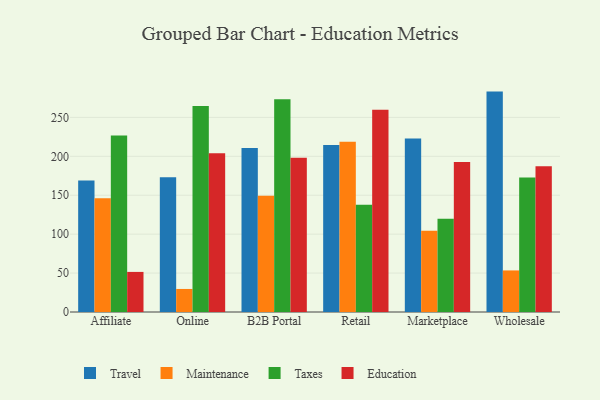
{"axis": {"x": "Channel", "y": "Inventory Turnover"}, "legend": ["Education", "Maintenance", "Taxes", "Travel"], "data": [{"x": "Affiliate", "y": 168.8, "type": "Travel"}, {"x": "Affiliate", "y": 146.1, "type": "Maintenance"}, {"x": "Affiliate", "y": 226.8, "type": "Taxes"}, {"x": "Affiliate", "y": 51.5, "type": "Education"}, {"x": "Online", "y": 173.2, "type": "Travel"}, {"x": "Online", "y": 29.6, "type": "Maintenance"}, {"x": "Online", "y": 264.6, "type": "Taxes"}, {"x": "Online", "y": 203.9, "type": "Education"}, {"x": "B2B Portal", "y": 210.7, "type": "Travel"}, {"x": "B2B Portal", "y": 149.4, "type": "Maintenance"}, {"x": "B2B Portal", "y": 273.2, "type": "Taxes"}, {"x": "B2B Portal", "y": 198.0, "type": "Education"}, {"x": "Retail", "y": 214.4, "type": "Travel"}, {"x": "Retail", "y": 218.6, "type": "Maintenance"}, {"x": "Retail", "y": 137.7, "type": "Taxes"}, {"x": "Retail", "y": 259.8, "type": "Education"}, {"x": "Marketplace", "y": 223.0, "type": "Travel"}, {"x": "Marketplace", "y": 104.3, "type": "Maintenance"}, {"x": "Marketplace", "y": 119.7, "type": "Taxes"}, {"x": "Marketplace", "y": 192.7, "type": "Education"}, {"x": "Wholesale", "y": 283.1, "type": "Travel"}, {"x": "Wholesale", "y": 53.4, "type": "Maintenance"}, {"x": "Wholesale", "y": 172.8, "type": "Taxes"}, {"x": "Wholesale", "y": 187.1, "type": "Education"}]}